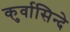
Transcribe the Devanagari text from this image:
कुर्वासिन्दे